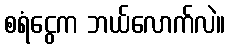
စရံငွေက ဘယ်လောက်လဲ။